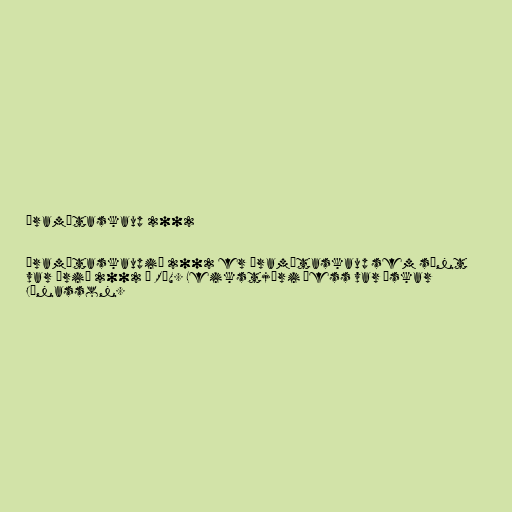
Áramótaskaup 2002

Áramótaskaupið 2002 er áramótaskaup sem sýnt
var árið 2002 á RÚV. Leikstjóri þess var Óskar
Jónasson.